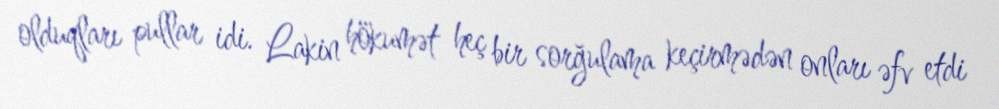
olduqları pullar idi. Lakin hökumət heç bir sorğulama keçirmədən onları əfv etdi